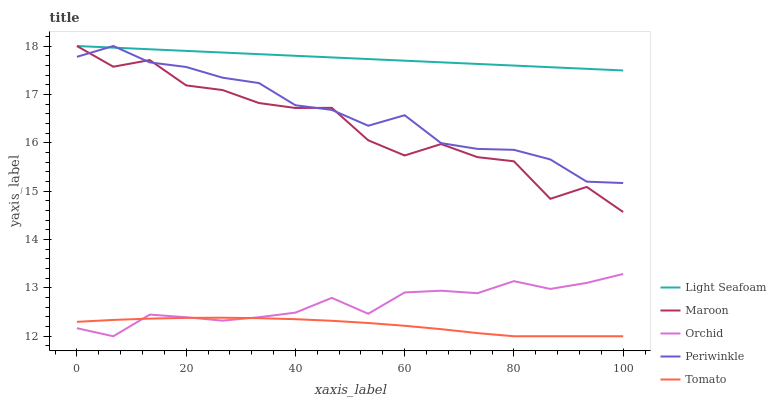
| xaxis_label | Light Seafoam | Maroon | Orchid | Periwinkle | Tomato |
 | --- | --- | --- | --- | --- | --- |
 | 0 | 18 | 18 | 12.2 | 17.8 | 12.3 |
 | 6.67 | 18 | 17.6 | 12 | 18 | 12.3 |
 | 13.3 | 17.9 | 17.7 | 12.4 | 17.7 | 12.4 |
 | 20 | 17.9 | 17.2 | 12.4 | 17.6 | 12.4 |
 | 26.7 | 17.9 | 17.1 | 12.3 | 17.3 | 12.4 |
 | 33.3 | 17.8 | 16.8 | 12.4 | 17.2 | 12.4 |
 | 40 | 17.8 | 16.7 | 12.5 | 16.8 | 12.4 |
 | 46.7 | 17.8 | 16.7 | 12.8 | 16.7 | 12.3 |
 | 53.3 | 17.7 | 16.1 | 12.5 | 16.4 | 12.3 |
 | 60 | 17.7 | 15.7 | 12.9 | 16.6 | 12.2 |
 | 66.7 | 17.7 | 16 | 12.9 | 16 | 12.1 |
 | 73.3 | 17.6 | 15.7 | 12.9 | 15.9 | 12.1 |
 | 80 | 17.6 | 15.6 | 13.1 | 15.9 | 12 |
 | 86.7 | 17.6 | 14.8 | 13 | 15.7 | 12 |
 | 93.3 | 17.5 | 15.1 | 13.1 | 15.2 | 12 |
 | 100 | 17.5 | 14.6 | 13.3 | 15.2 | 12 |